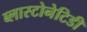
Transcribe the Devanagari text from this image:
ब्लास्टोनेटिडी